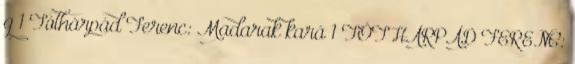
g 1 Tóthárpád Ferenc: Madarak kará 1 TÓTHÁRPÁD FERENC: